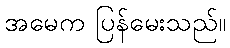
အမေက ပြန်မေးသည်။